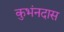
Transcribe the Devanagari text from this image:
कुभंनदास